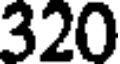
320